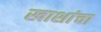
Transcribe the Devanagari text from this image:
खाशांचा